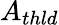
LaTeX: A_{thld}